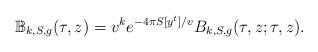
LaTeX: \begin{align*} \mathbb B_{k,S,g}(\tau,z)=v^{k}e^{-4\pi S[y^t]/v}B_{k,S,g}(\tau,z;\tau,z).\end{align*}